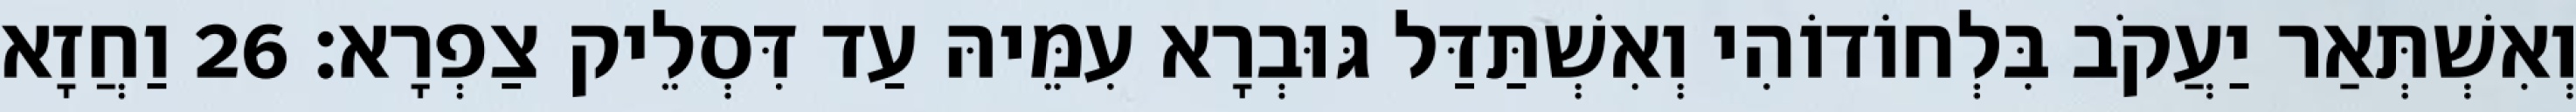
וְאִשְׁתְּאַר יַעֲקֹב בִּלְחוֹדוֹהִי וְאִשְׁתַּדַּל גּוּבְרָא עִמֵּיהּ עַד דִּסְלֵיק צַפְרָא׃ 26 וַחֲזָא